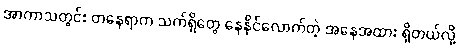
အာကာသတွင်း တနေရာက သက်ရှိတွေ နေနိုင်လောက်တဲ့ အနေအထား ရှိတယ်လို့